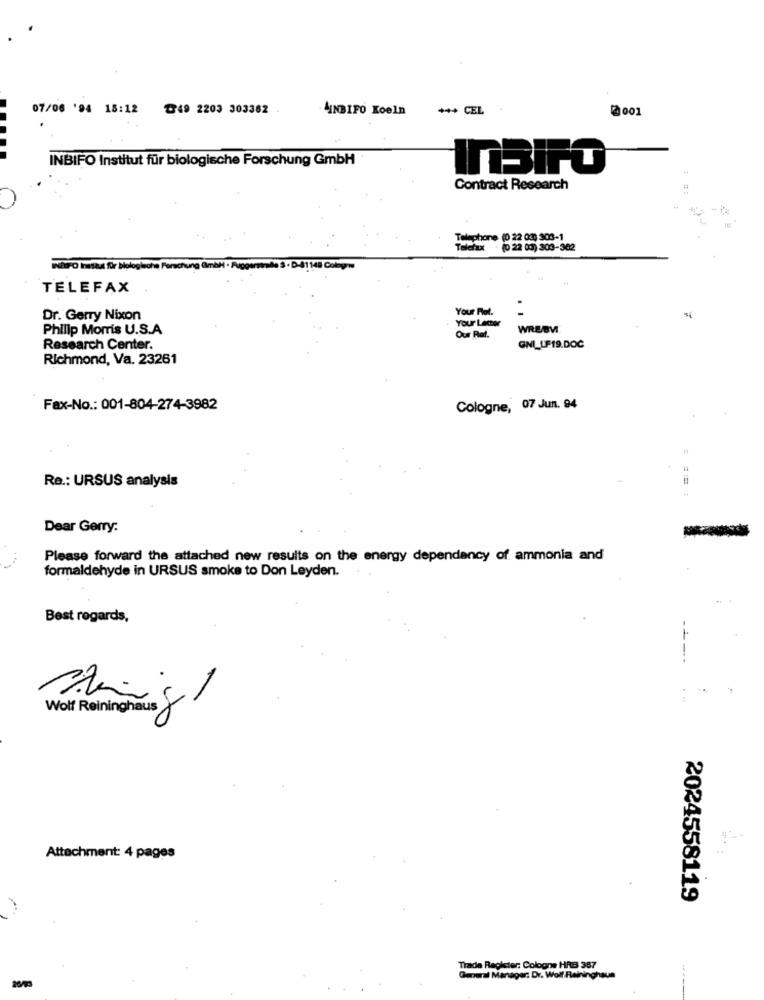
07/06 '94 15:12 ℃49 2203 303362
- MINBIFO Koeln
*** CEL
2001
INBIFO Institut für biologische Forschung GmbH
InSIPO
Contract Research
Telephone (0 22 033 303-1
Telefax
. (0 22 03) 303-362
TELEFAX
Your Fot.
Dr. Gerry Nixon
Your Letter
Philip Morris U.S.A
WREBWI
Our Ref.
Research Center.
GNI_LF19.DOC
Richmond, Va. 23261
Fax-No .: 001-804-274-3982
Cologne, 07 Jun. 94
Re .: URSUS analysis
Dear Gerry:
Please forward the attached new results on the energy dependency of ammonia and
formaldehyde in URSUS smoke to Don Leyden.
Best regards,
-
. -
Wolf Reininghaus
Attachment: 4 pages
2024558119
Trade Register: Cologne HRB 387
General Manager. Dr. Wolf Reininghaun
----